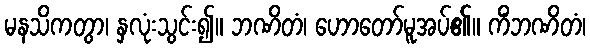
မနသိကတွာ၊ နှလုံးသွင်း၍။ ဘဏိတံ၊ ဟောတော်မူအပ်၏။ ကိံဘဏိတံ၊